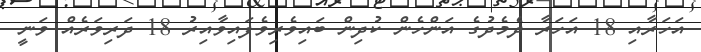
އަހަރާއި 18 އަހަރާ ދެމެދުގެ އަންހެން ކުދިން ބައިވެރިވެފައިވާއިރު 18 ދަރިވަރެއް ވަނީ